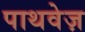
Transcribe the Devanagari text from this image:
पाथवेज़